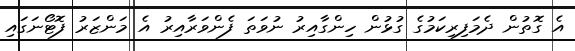
އެ ގޮތުން ދެމަފިރިކަމުގެ ގުޅުން ހިންގާއިރު ނުވަތަ ފެންވަރާއިރު އެ މަންޒަރު ފޮޓޯނަގައި